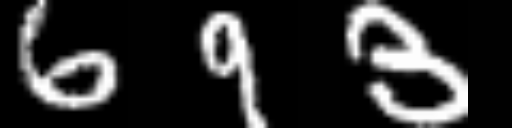
Text: 693